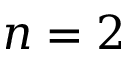
n = 2